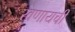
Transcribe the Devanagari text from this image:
खणायची